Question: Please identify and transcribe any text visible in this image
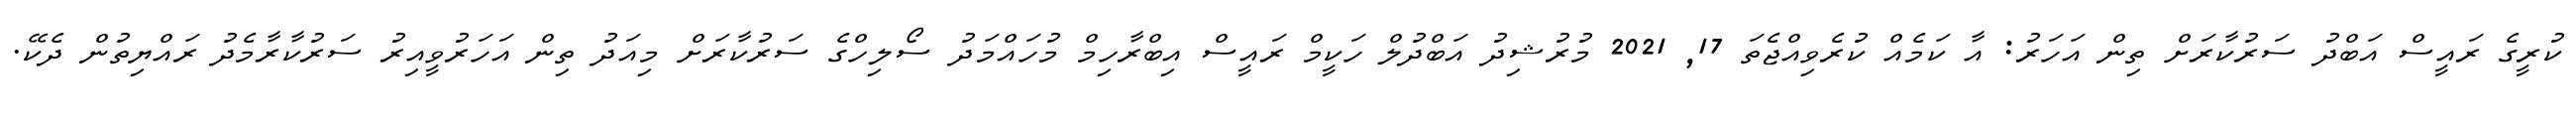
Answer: ކުރީގެ ރައީސް އަބްދު ސަރުކާރަށް ތިން އަހަރު: އާ ކަމެއް ކުރެވިއްޖެތަ 17, 2021 މުރުޝިދު އަބްދުލް ހަކީމް ރައީސް އިބްރާހިމް މުހައްމަދު ސޯލިހްގެ ސަރުކާރަށް މިއަދު ތިން އަހަރުވީއިރު ސަރުކާރާމެދު ރައްޔިތުން ދެކޭ.